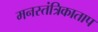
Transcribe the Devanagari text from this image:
मनस्तंत्रिकाताप